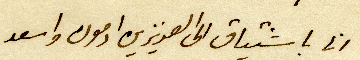
انا باشتياق الى العزيزين ادمون واسعد